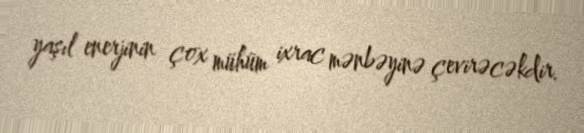
yaşıl enerjinin çox mühüm ixrac mənbəyinə çevirəcəkdir.